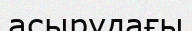
асырудағы